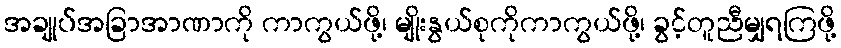
အချုပ်အခြာအာဏာကို ကာကွယ်ဖို့၊ မျိုးနွယ်စုကိုကာကွယ်ဖို့၊ ခွင့်တူညီမျှရကြဖို့